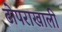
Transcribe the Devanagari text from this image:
ढोपराखाली